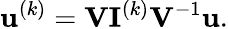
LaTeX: \mathbf{u}^{(k)}=\mathbf{V}\mathbf{I}^{(k)}\mathbf{V}^{-1}\mathbf{u}.